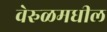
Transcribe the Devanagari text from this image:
वेरुळमधील